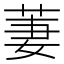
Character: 萋